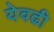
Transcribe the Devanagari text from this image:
येवढी